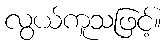
လွယ်ကူသဖြင့်။